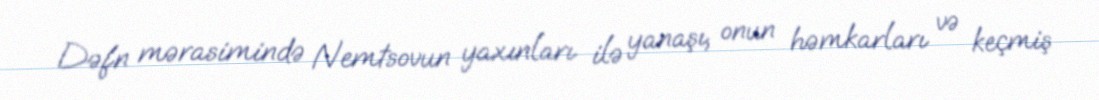
Dəfn mərasimində Nemtsovun yaxınları ilə yanaşı, onun həmkarları və keçmiş